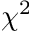
\chi ^ { 2 }